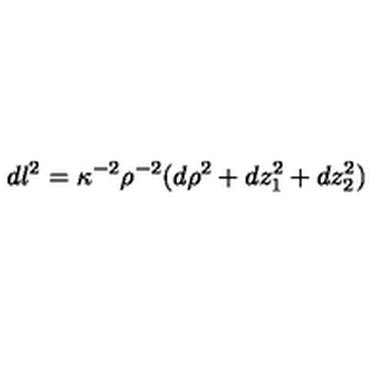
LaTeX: d l ^ { 2 } = \kappa ^ { - 2 } \rho ^ { - 2 } ( d \rho ^ { 2 } + d z _ { 1 } ^ { 2 } + d z _ { 2 } ^ { 2 } )